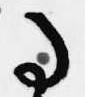
事